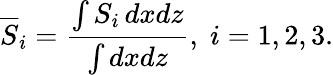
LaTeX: \overline{{S}}_{i}=\frac{\int S_{i}\, dxdz}{\int{dxdz}},\; i=1,2,3.